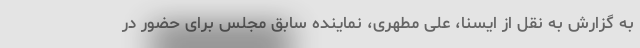
به گزارش به نقل از ایسنا، علی مطهری، نماینده سابق مجلس برای حضور در